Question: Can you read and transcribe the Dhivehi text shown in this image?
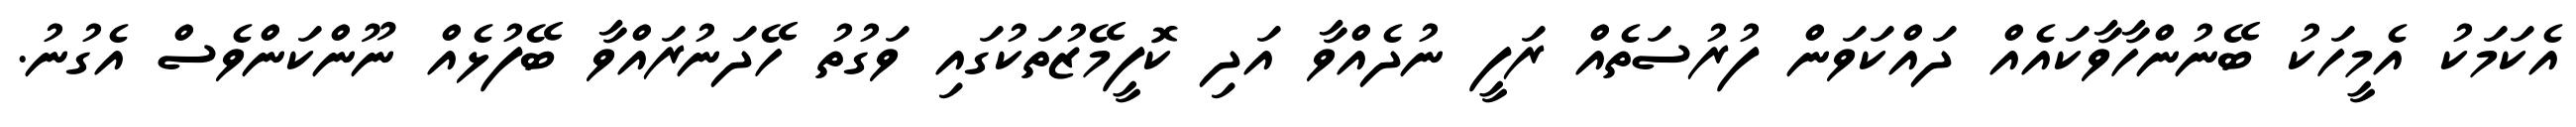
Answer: އެކަމަކު އެމީހަކު ބޭނުންހާވާކައެއް ދައްކަވަން ފުރުސަތެއް ރަފީ ނުދެއްވާ އަދި ކޮފީމޭޒުތަކުގައި ވަގުތު ހޭދަނުރައްވާ ބޭފުޅެއް ނޫންކަންވެސް އެގުނު.